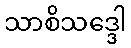
သာစိသဒ္ဒေါ